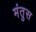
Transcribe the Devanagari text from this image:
मंतुस